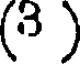
(3 )